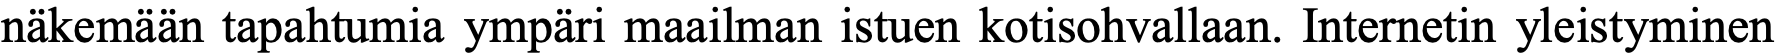
näkemään tapahtumia ympäri maailman istuen kotisohvallaan. Internetin yleistyminen